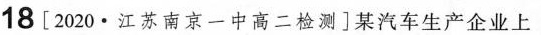
18[2020·江苏南京一中高二检测]某汽车生产企业上